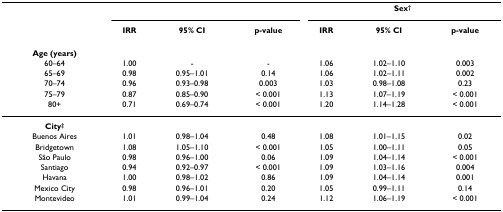
<table><thead><tr><td></td><td></td><td></td><td></td><td colspan="3"><b>Sex<sup>†</sup></b></td></tr><tr><td></td><td><b>IRR</b></td><td><b>95% CI</b></td><td><b>p-value</b></td><td><b>IRR</b></td><td><b>95% CI</b></td><td><b>p-value</b></td></tr></thead><tbody><tr><td><b>Age (years)</b></td><td></td><td></td><td></td><td></td><td></td><td></td></tr><tr><td>60–64</td><td>1.00</td><td>-</td><td>-</td><td>1.06</td><td>1.02–1.10</td><td>0.003</td></tr><tr><td>65–69</td><td>0.98</td><td>0.95–1.01</td><td>0.14</td><td>1.06</td><td>1.02–1.11</td><td>0.002</td></tr><tr><td>70–74</td><td>0.96</td><td>0.93–0.98</td><td>0.003</td><td>1.03</td><td>0.98–1.08</td><td>0.23</td></tr><tr><td>75–79</td><td>0.87</td><td>0.85–0.90</td><td>&lt; 0.001</td><td>1.13</td><td>1.07–1.19</td><td>&lt; 0.001</td></tr><tr><td>80+</td><td>0.71</td><td>0.69–0.74</td><td>&lt; 0.001</td><td>1.20</td><td>1.14–1.28</td><td>&lt; 0.001</td></tr><tr><td><b>City<sup>‡</sup></b></td><td></td><td></td><td></td><td></td><td></td><td></td></tr><tr><td>Buenos Aires</td><td>1.01</td><td>0.98–1.04</td><td>0.48</td><td>1.08</td><td>1.01–1.15</td><td>0.02</td></tr><tr><td>Bridgetown</td><td>1.08</td><td>1.05–1.10</td><td>&lt; 0.001</td><td>1.05</td><td>1.00–1.11</td><td>0.05</td></tr><tr><td>São Paulo</td><td>0.98</td><td>0.96–1.00</td><td>0.06</td><td>1.09</td><td>1.04–1.14</td><td>&lt; 0.001</td></tr><tr><td>Santiago</td><td>0.94</td><td>0.92–0.97</td><td>&lt; 0.001</td><td>1.09</td><td>1.03–1.16</td><td>0.004</td></tr><tr><td>Havana</td><td>1.00</td><td>0.98–1.02</td><td>0.86</td><td>1.09</td><td>1.04–1.14</td><td>0.001</td></tr><tr><td>Mexico City</td><td>0.98</td><td>0.96–1.01</td><td>0.20</td><td>1.05</td><td>0.99–1.11</td><td>0.14</td></tr><tr><td>Montevideo</td><td>1.01</td><td>0.99–1.04</td><td>0.24</td><td>1.12</td><td>1.06–1.19</td><td>&lt; 0.001</td></tr></tbody></table>